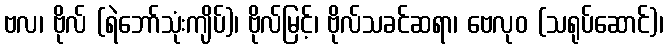
ဗလ၊ ဗိုလ် (ရဲဘော်သုံးကျိပ်)၊ ဗိုလ်မြင့်၊ ဗိုလ်သခင်ဆရာ၊ ဗေလုဝ (သရုပ်ဆောင်)၊